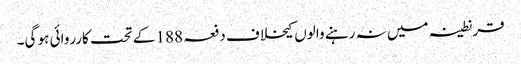
قرنطینہ میں نہ رہنے والوں کیخلاف دفعہ 188 کے تحت کارروائی ہو گی۔